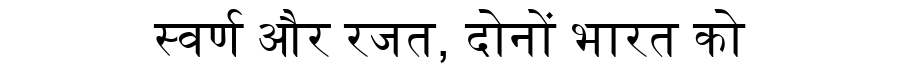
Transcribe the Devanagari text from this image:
स्वर्ण और रजत, दोनों भारत को